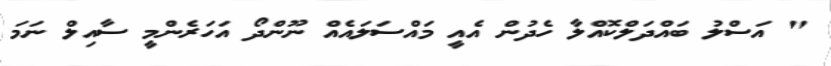
" އަސްލު ބައްދަލްކޮއްލާ ހެދުން އެއީ މައްސަލައެއް ނޫންދޯ އަހަރެންމީ ސާއިލް ނަމަ